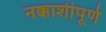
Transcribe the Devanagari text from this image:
नक्काशीपूर्ण